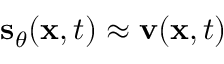
\mathbf { s } _ { \theta } ( \mathbf { x } , t ) \approx \mathbf { v } ( \mathbf { x } , t )